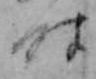
時